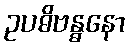
ဥပဓိဗန္ဓနော